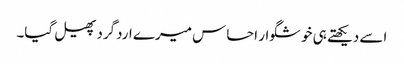
اسے دیکھتے ہی خوشگوار احساس میرے اردگرد پھیل گیا۔